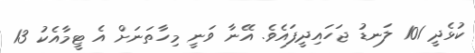
ކުޅެދީ 101 ލަނޑު ޖަހައިދީފައެވެ. އޭނާ ވަނީ މިހާތަނަށް އެ ޓީމާއެކު 13